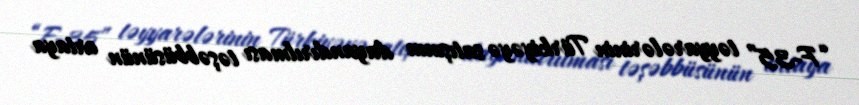
“F-35” təyyarələrinin Türkiyəyə satışının dayandırılması təşəbbüsünün ortaya